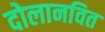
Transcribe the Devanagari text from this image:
दोलानवित